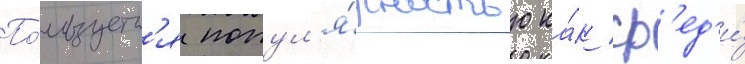
По́льзуетс'я попул'я́рностью ка́к ср'ед'и́